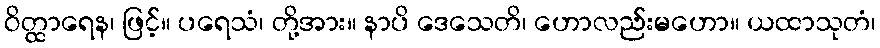
ဝိတ္ထာရေန၊ ဖြင့်။ ပရေသံ၊ တို့အား။ နာပိ ဒေသေတိ၊ ဟောလည်းမဟော။ ယထာသုတံ၊